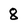
Character: 8